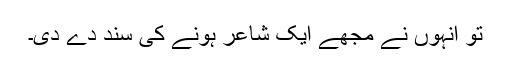
تو انہوں نے مجھے ایک شاعر ہونے کی سند دے دی۔